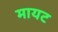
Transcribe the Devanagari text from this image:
मायट